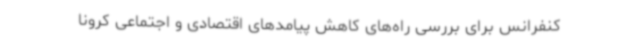
کنفرانس برای بررسی راه‌های کاهش پیامدهای اقتصادی و اجتماعی کرونا